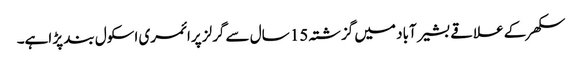
سکھر کے علاقے بشیر آباد میں گزشتہ 15 سال سے گرلز پرائمری اسکول بند پڑ اہے۔